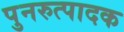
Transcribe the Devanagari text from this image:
पुनरुत्‍पादक